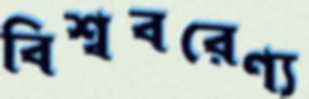
বিশ্ববরেণ্য